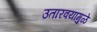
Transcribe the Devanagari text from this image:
उतारवयामुळे